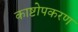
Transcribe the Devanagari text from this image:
काष्टोपकरण